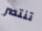
تنتصر